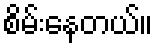
စိမ်းနေတယ်။